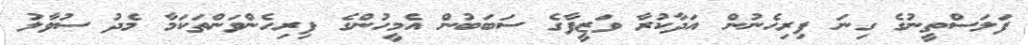
ފަލަސްތީނުގެ ގިނަ ފިރިހެނުން އަދާކުރާ ވަޒީފާގެ ސަބަބުން އެމީހުންގެ ފިރިހެންވަންތަކަމާ މެދު ސުވާލު